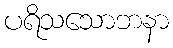
ပရိသသောဘနာ